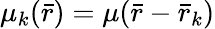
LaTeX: \mu_{k}({\bar{r}})=\mu({\bar{r}}-{\bar{r}}_{k})